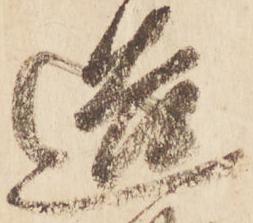
造